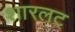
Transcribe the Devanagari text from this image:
शारलट